Report of the Indian Hemp Drugs Commission, 1894-1895 - Volume VII
Year: 1894
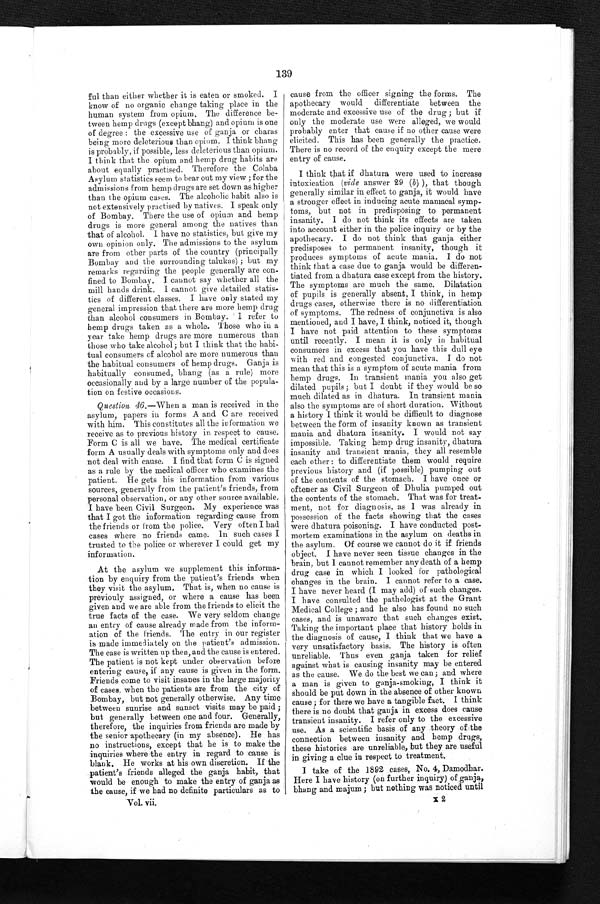
139
ful than either whether it is eaten or smoked. I
know of no organic change taking place in the
human system from opium. The difference be-
tween hemp drugs (except bhang) and opium is one
of degree : the excessive use of ganja or charas
being more deleterious than opium. I think bhang
is probably, if possible, less deleterious than opium.
I think that the opium and hemp drug habits are
about equally practised. Therefore the Colaba
Asylum statistics seem to bear out my view ; for the
admissions from hemp drugs are set down as higher
than the opium cases. The alcoholic habit also is
not extensively practised by natives. I speak only
of Bombay. There the use of opium and hemp
drugs is more general among the natives than
that of alcohol. I have no statistics, but give my
own opinion only. The admissions to the asylum
are from other parts of the country (principally
Bombay and the surrounding talukas); but my
remarks regarding the people generally are con--
fined to Bombay. I cannot say whether all the
mill hands drink. I cannot give detailed statis--
tics of different classes. I have only stated my
general impression that there are more hemp drug
than alcohol consumers in Bombay. I refer to
hemp drugs taken as a whole. Those who in a
year take hemp drugs are more numerous than
those who take alcohol ; but I think that the habi--
tual consumers of alcohol are more numerous than
the habitual consumers
o f h a m p d r u g s . G a n j a i s h a b i t u a l l y c o n s u m e d , b h a n g ( a s a r u l e ) m o r e
occasionally and by a large number of the popula--
tion on festive occasions.
Question 46.—When a man is received in the
asylum, papers in forms A and C are received
with him. This constitutes all the information we
receive as to previous history in respect to cause.
Form C is all we have. The medical certificate
form A usually deals with symptoms only and does
not deal with cause. I find that form C is signed
as a rule by the medical officer who examines the
patient. He gets his information from various
sources, generally from the patient's friends, from
personal observation, or any other source available.
I have been Civil Surgeon. My experience was
that I got the information regarding cause from
the friends or from the police. Very often I had
cases where no friends came. In such cases
I t r u s t e d t o t h e p o l i c e o r w h e r e v e r I c o u l d g e t
m y in
f o r m a t i o n .
At the asylum we supplement this informa-
- t i o n b y e n q u i r y f r o m t h e p a t i e n t ' s f r i e n d s w h e n
they visit the asylum. That is, when no cause is
previouly assigned, or where a cause has been
given and we are able from the friends to elicit the
true facts of the case. We very seldom change
an entry of cause already trade from the inform--
ation of the friends. The entry in our register
is made immediately on the patient's admission.
The case is written up then, and the cause is entered.
The patient is not kept under observation before
entering cause, if any cause is given in the form.
Friends come to visit insanes in the large majority
of cases. when the patients are from the city of
Bombay, but not generally otherwise. Any time
between sunrise and sunset visits may be paid ;
but generally between one and four. Generally,
therefore, the inquiries from friends are made by
the senior apothecary (in my absence). He has
no instructions, except that he is to make the
inquiries where the entry in regard to cause is
blank. He works at his own discretion. If the
patient's friends alleged the ganja habit, that
would be enough to make the entry of ganja as
the cause, if we had no definite particulars as to cause from the officer signing the forms. The
apothecary would differentiate between the
moderate and excessive use of the drug ; but if
only the moderate use were alleged, we would
probably enter that cause if no other cause were
elicited. This has been generally the practice.
There is no record of the enquiry except the mere
entry of cause.
I think that if dhatura were used to increase
intoxication (vide answer 29 ( b ), that though
generally similar in effect to ganja, it would have
a stronger effect in inducing acute maniacal symp--
toms, but not in predisposing to permanent
insanity. I do not think its effects are taken
into account either in the police inquiry or by the
apothecary. I do not think that ganja either
predisposes to permanent insanity, though it
produces symptoms of acute mania. I do not
think that a case due to ganja would be differen--
tiated from a dhatura case except from the history.
The symptoms are much the same. Dilatation
of pupils is generally absent, I think, in hemp
drugs cases, otherwise there is no differentiation
of symptoms. The redness of conjunctiva is also
mentioned, and I have, I think, noticed it, though
I have not paid attention to these symptoms
until recently. I mean it is only in habitual
consumers in excess that you have this dull eye
with red and congested conjunctiva. I do not
mean that this is a symptom of acute mania from
hemp drugs. In transient mania you also get
dilated pupils ; but I doubt if they would be so
much dilated as in dhatura. In transient mania
also the symptoms are of short duration. Without
a history I think it would be difficult to diagnose
between the form of insanity known as transient
mania and dhatura insanity. I would not say
impossible. Taking hemp drug insanity, dhatura
insanity and transient mania, they all resemble
each other : to differentiate them would require
previous history and (if possible) pumping out
of the contents of the stomach. I have once or
oftener as Civil Surgeon of Dhulia pumped out
the contents of the stomach. That was for treat--
ment, not for diagnosis, as I was already in
possession of the facts showing that the cases
were dhatura poisoning. I have conducted post--
mortem examinations in the asylum on deaths in
the asylum. Of course we cannot do it if friends
object. I have never seen tissue changes in the
brain, but I cannot remember any death of a hemp
d r u g c a s e i n w h i c h I l o o k e d f o r p a t h o l o g i c a l
changes m the brain. I cannot refer to a case.
I have never heard (I may add) of such changes.
I have consulted the pathologist at the Grant
Medical College ; and he also has found no such
cases, and is unaware that such changes exist.
T a k i n g t h e i m p o r t a n t p l a c e t h a t h i s t o r y b o l d s i n
the diagnosis of cause, I think that we have a
very unsatisfactory basis. The history is often
unreliable. Thus even ganja taken for relief
against what is causing insanity may be entered
as
the cause. We do the best we can; and where
a man is given to ganja-smoking, I think it
should be put down in the absence of other known
cause ; for there we have a tangible fact. I think
there is no doubt that ganja in excess does cause
transient insanity. I refer only to the excessive
use. As a scientific basis of any theory of the
connection between insanity and hemp drugs,
these histories are unreliable, but they are useful
in giving a clue in respect to treatment.
I take of the 1892 cases, No. 4, Damodhar.
Here I have history (on further inquiry) of ganja,
bhang and majum; but nothing was noticed until
V o l . v i i .
x 2